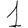
Digit: 1